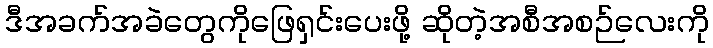
ဒီအခက်အခဲတွေကိုဖြေရှင်းပေးဖို့ ဆိုတဲ့အစီအစဉ်လေးကို